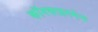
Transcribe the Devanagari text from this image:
कॉनफाइनमेन्ट